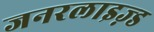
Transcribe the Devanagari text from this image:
जनरलाइज़्ड